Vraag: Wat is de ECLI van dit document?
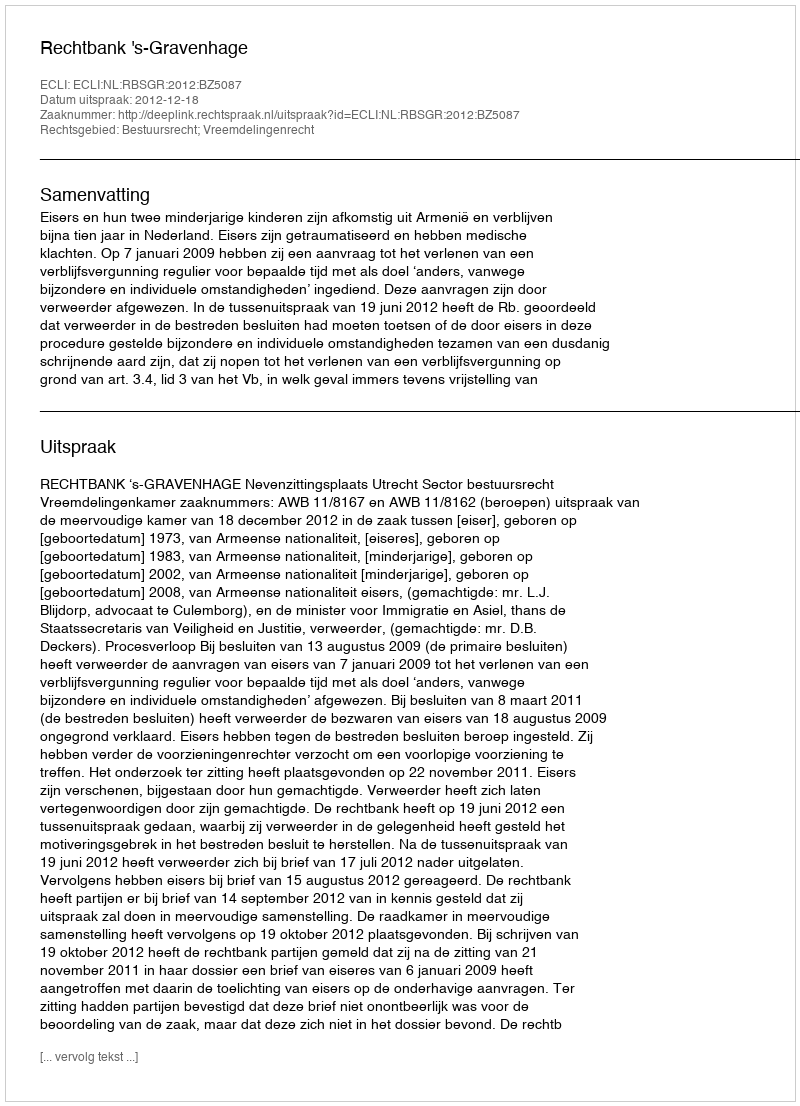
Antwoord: ECLI:NL:RBSGR:2012:BZ5087